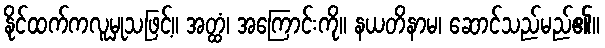
နိုင်ထက်ကလူမှုသဖြင့်။ အတ္ထံ၊ အကြောင်းကို။ နယတိနာမ၊ ဆောင်သည်မည်၏။